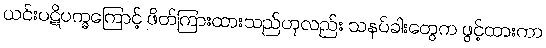
ယင်းပဋိပက္ခကြောင့် ဖိတ်ကြားထားသည်ဟုလည်း သနပ်ခါးတွေက ဖွင့်ထားကာ